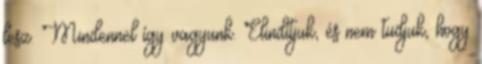
lesz. Mindennel így vagyunk. Elindítjuk, és nem tudjuk, hogy